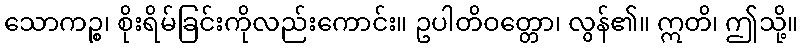
သောကဉ္စ၊ စိုးရိမ်ခြင်းကိုလည်းကောင်း။ ဥပါတိဝတ္တော၊ လွန်၏။ ဣတိ၊ ဤသို့။